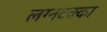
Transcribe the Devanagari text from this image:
लग्नटक्का